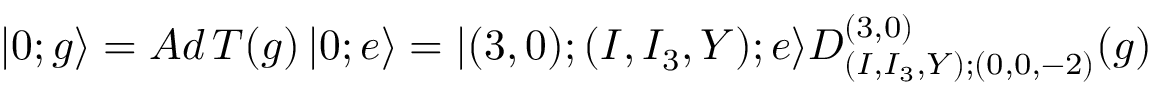
| 0 ; g \rangle = A d \, T ( g ) \, | 0 ; e \rangle = | ( 3 , 0 ) ; ( I , I _ { 3 } , Y ) ; e \rangle D _ { ( I , I _ { 3 } , Y ) ; ( 0 , 0 , - 2 ) } ^ { ( 3 , 0 ) } ( g )